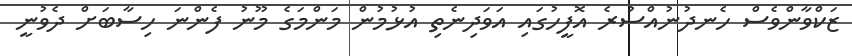
ޒަކްވާންވެސް ހެނދުނުއްސުރެ އޮފީހުގައި އަވަދިނެތި އުޅުމުން މަންމަގެ މޫނު ފެންނަ ހިސާބަށް ދެވުނީ